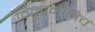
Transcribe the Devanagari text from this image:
विमानानेच